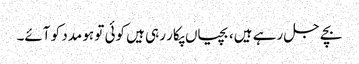
بچے جل رہے ہیں، بچیاں پکار رہی ہیں کوئی تو ہو مدد کو آئے۔